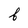
Character: f